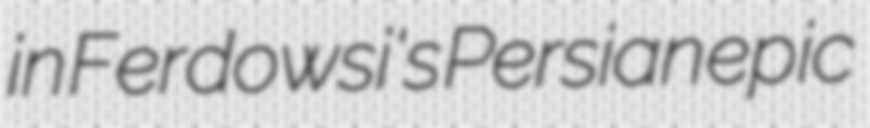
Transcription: in Ferdowsi's Persian epic